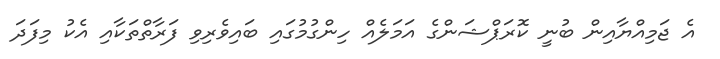
އެ ޖަމިއްޔާއިން ބުނީ ކޮރަޕްޝަންގެ އަމަލެއް ހިންގުމުގައި ބައިވެރިވި ފަރާތްތަކާއި އެކު މިފަދަ